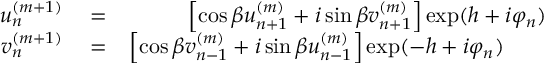
\begin{array} { r l r } { u _ { n } ^ { ( m + 1 ) } } & { { } = } & { \left[ \cos \beta u _ { n + 1 } ^ { ( m ) } + i \sin \beta v _ { n + 1 } ^ { ( m ) } \right] \exp ( h + i \varphi _ { n } ) } \\ { v _ { n } ^ { ( m + 1 ) } } & { { } = } & { \left[ \cos \beta v _ { n - 1 } ^ { ( m ) } + i \sin \beta u _ { n - 1 } ^ { ( m ) } \right] \exp ( - h + i \varphi _ { n } ) \; \; \; \; \; \; \; } \end{array}